Trukikaitis_Postimees, lk 71
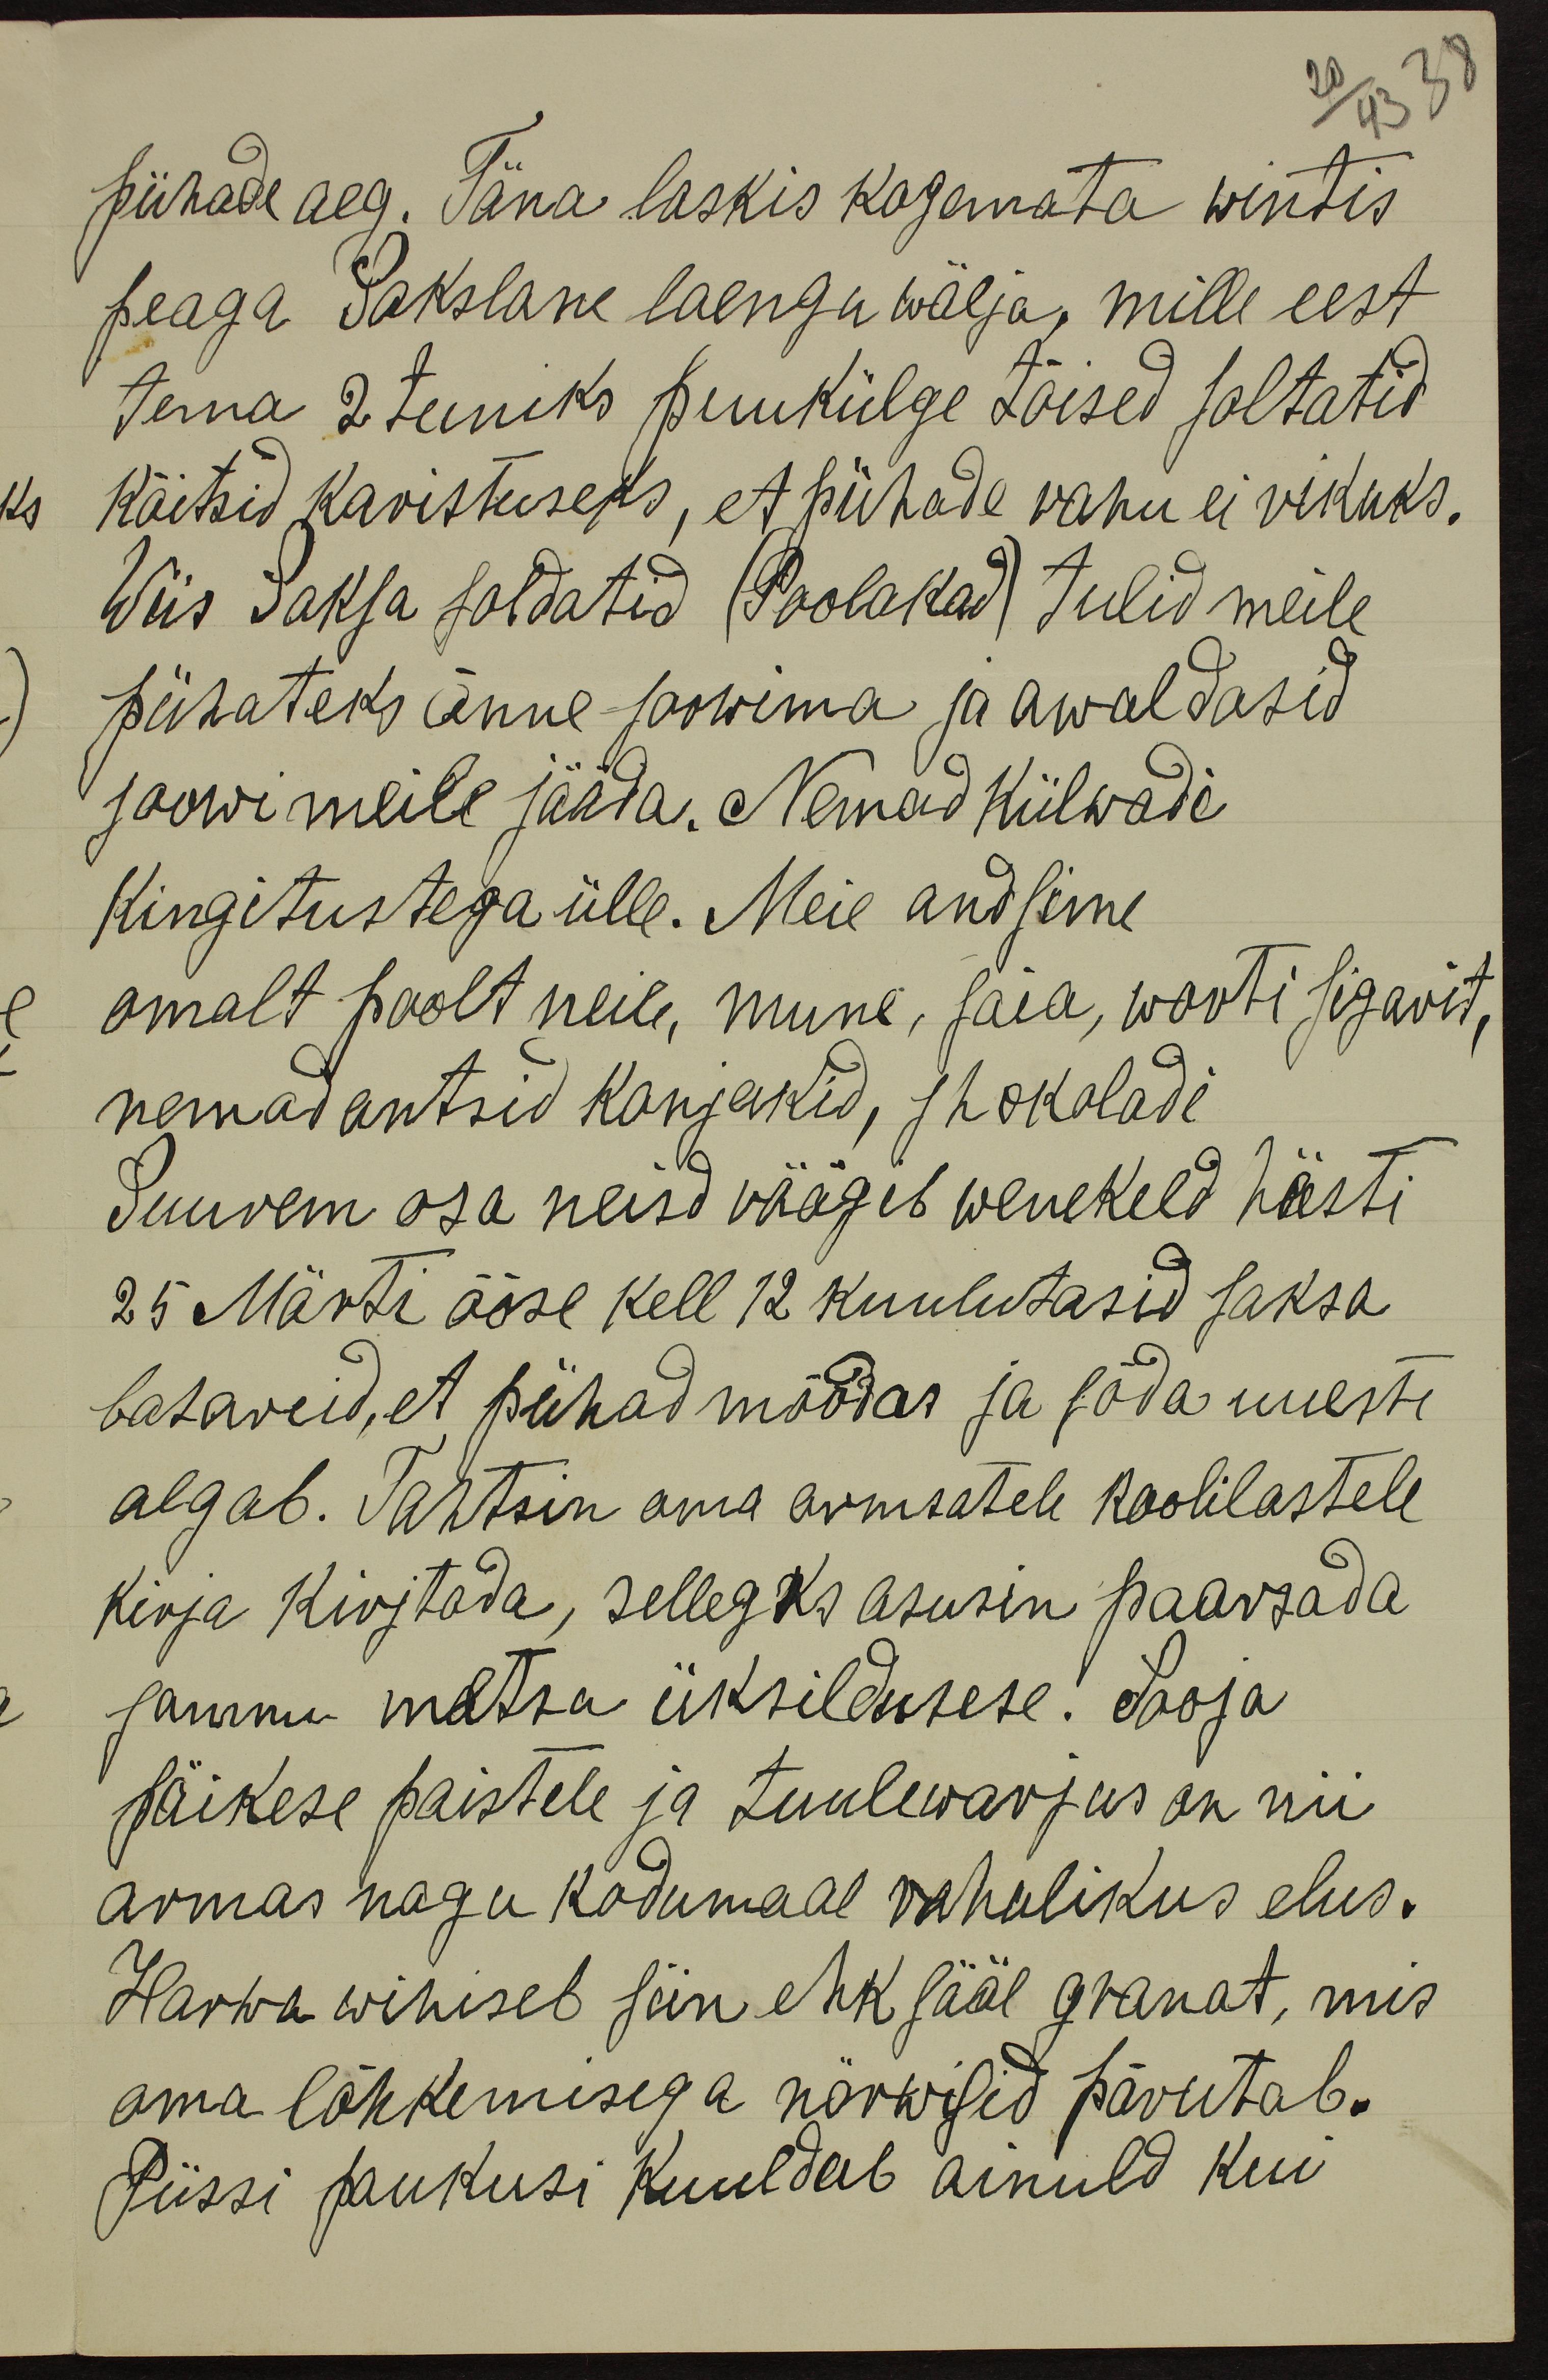
20
43 38
pühade aeg. Täna laskis kogemata wintis
peaga Sakslane laengu wälja, mille eest
tema 2 tuniks puukülge tõised soltatid
köitsid karistuseks, et pühade rahu ei rikuks.
Wiis Saksa soldatid (Poolakad) tulid meile
pühateks õnne soowima ja awaldasid
soowi meile jääda. Nemad külwadi
kingitustega ülle. Meie andsime
omalt poolt neile, mune, saia, worti sigarit,
nemad antsid konjakid, shokoladi
Suurem osa neisd räägib wenekeld hästi
25 Märti ööse kell 12 kuulutasid saksa
batareid, et pühad möödas ja sõda uuesti
algab. Tahtsin oma armsatele koolilastele
kirja kirjtada, sellegks asusin paarsada
sammu metsa üksildusese. Sooja
päikese paistele ja tuulewarjus on nii
armas nagu kodumaal rahulikus elus.
Harwa wihiseb siin ehk sääl granat, mis
oma lõhkemisega närwisid põrutab.
Püssi paukusi kuuldub ainuld kui